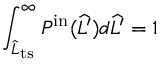
\int _ { \widehat { L } _ { \mathrm { t s } } } ^ { \infty } P ^ { \mathrm { i n } } ( \widehat { L ^ { \prime } } ) d \widehat { L ^ { \prime } } = 1